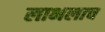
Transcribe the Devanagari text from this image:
लाभलाच